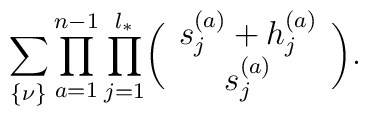
\sum_{\{\nu\}}\prod_{a=1}^{n-1}\prod_{j=1}^{l_*} \biggl(\begin{array}{c}s_j^{(a)}+h_j^{(a)}\\s_j^{(a)}\end{array}\biggr).